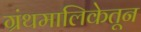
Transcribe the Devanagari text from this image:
ग्रंथमालिकेतून